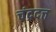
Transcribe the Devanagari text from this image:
चंद्रदत्त